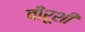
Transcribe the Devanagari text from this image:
वीरूशी